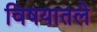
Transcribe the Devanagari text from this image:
विषयातले